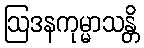
ဩဒနကုမ္မာသန္တိ